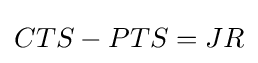
CTS-PTS=JR